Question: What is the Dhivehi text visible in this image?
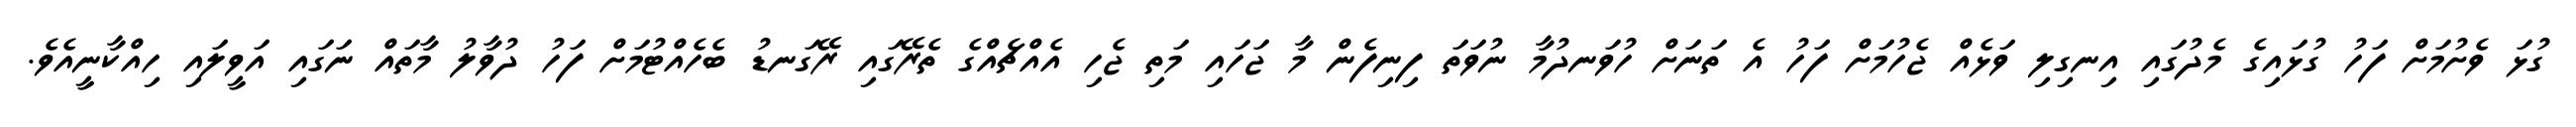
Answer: ގުޅަ ވެށުމަށް ފަހު ގުޅައިގެ މެދުގައި އިނގިލި ވަޅެއް ޖެހުމަށް ފަހު އެ ތަނަށް ހުވަނދުމާ ނުވަތަ ފިނިފެން މާ ޖަހައި މަތި ޖެހި އެއްޗެއްގެ ތެރޭގައި ރޭގަނޑު ބެހެއްޓުމަށް ފަހު ދުވާލު މާތައް ނަގައި އަވީލައި ހިއްކާނީއެވެ.